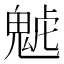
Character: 𩲼